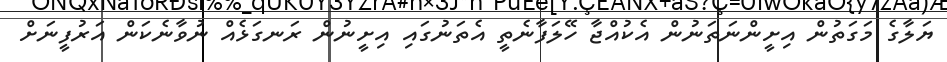
ޔަލާގެ މަގަތުން އިށީންނަތަނުން އެކުއްޖާ ހޭލަފާނެތީ އެތަނުގައި އިށީނުން ރަނގަޅެއް ނުވާނެކަން އަރުފީނަށް